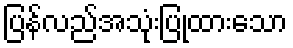
ပြန်လည်အသုံးပြုထားသော